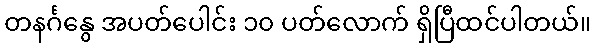
တနင်္ဂနွေ အပတ်ပေါင်း ၁၀ ပတ်လောက် ရှိပြီထင်ပါတယ်။